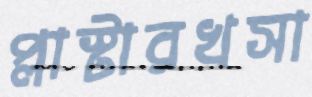
প্লাস্টারখসা